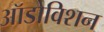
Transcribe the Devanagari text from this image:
ऑडोविशन